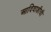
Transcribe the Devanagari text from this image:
आदिवाशीची